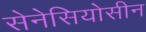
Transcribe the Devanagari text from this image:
सेनेसियोसीन